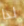
لذا